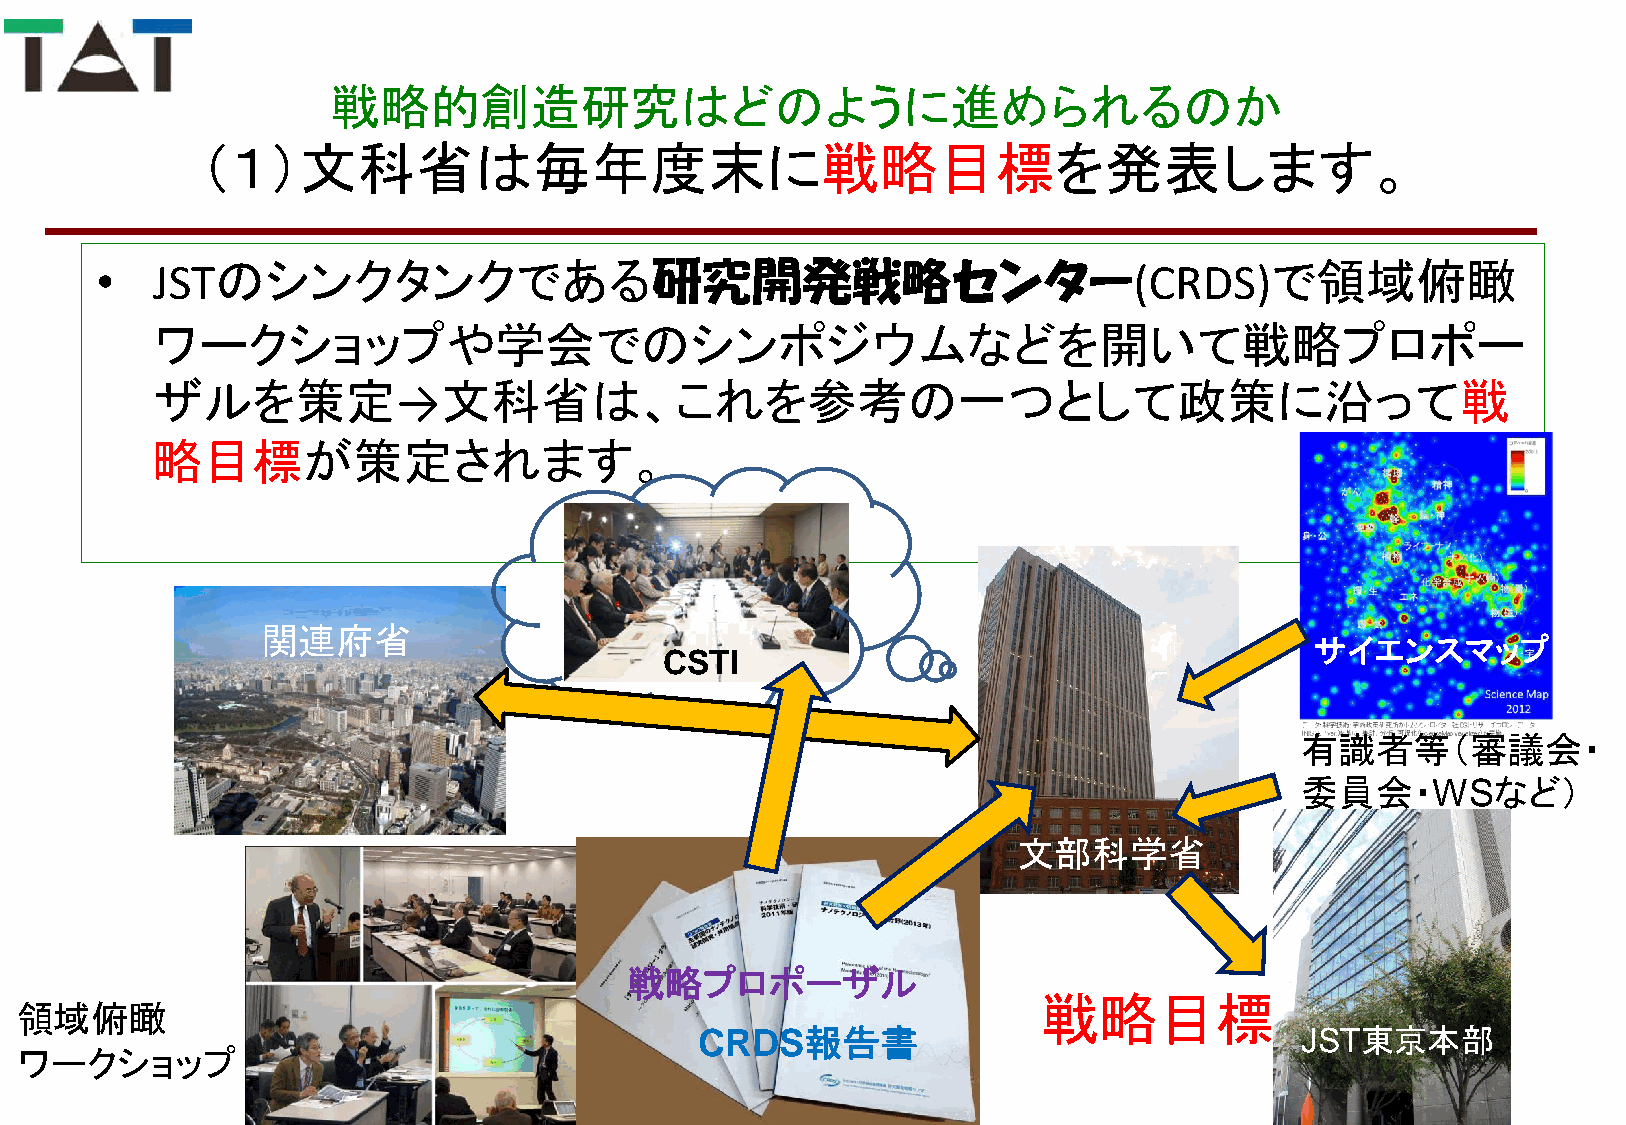
戦略的創造研究はどのように進められるのか
 （１）文科省は毎年度末に戦略目標を発表します。
 •   JSTのシンクタンクである研究開発戦略センター(CRDS)で領域俯瞰
 ワークショップや学会でのシンポジウムなどを開いて戦略プロポー
 ザルを策定→文科省は、これを参考の一つとして政策に沿って戦
 略目標が策定されます。
 関連府省
 サイエンスマップ
 CSTI
 有識者等（審議会・
 委員会・WSなど）
 文部科学省
 戦略プロポーザル
 戦略目標
 領域俯瞰
 文科省
 CRDS報告書                                 JST東京本部
 ワークショップ